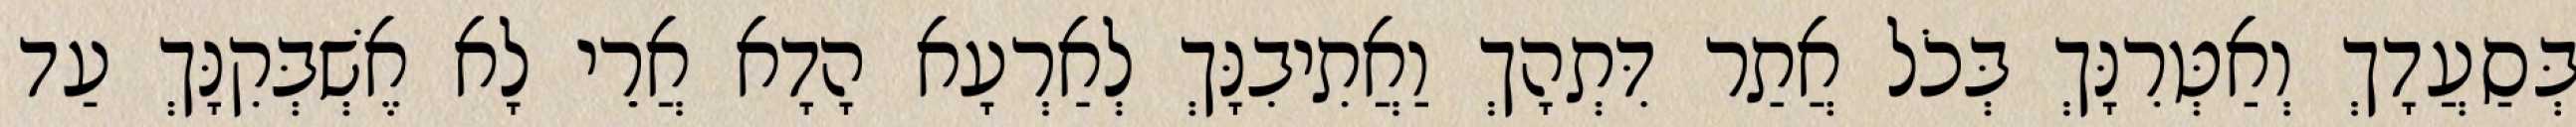
בְּסַעֲדָךְ וְאַטְּרִנָּךְ בְּכֹל אֲתַר דִּתְהָךְ וַאֲתִיבִנָּךְ לְאַרְעָא הָדָא אֲרֵי לָא אֶשְׁבְּקִנָּךְ עַד